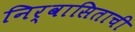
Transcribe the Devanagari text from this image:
निर्वासिताची